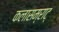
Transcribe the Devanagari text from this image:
कलासम्राट्